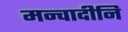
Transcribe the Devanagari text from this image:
मन्वादीनि